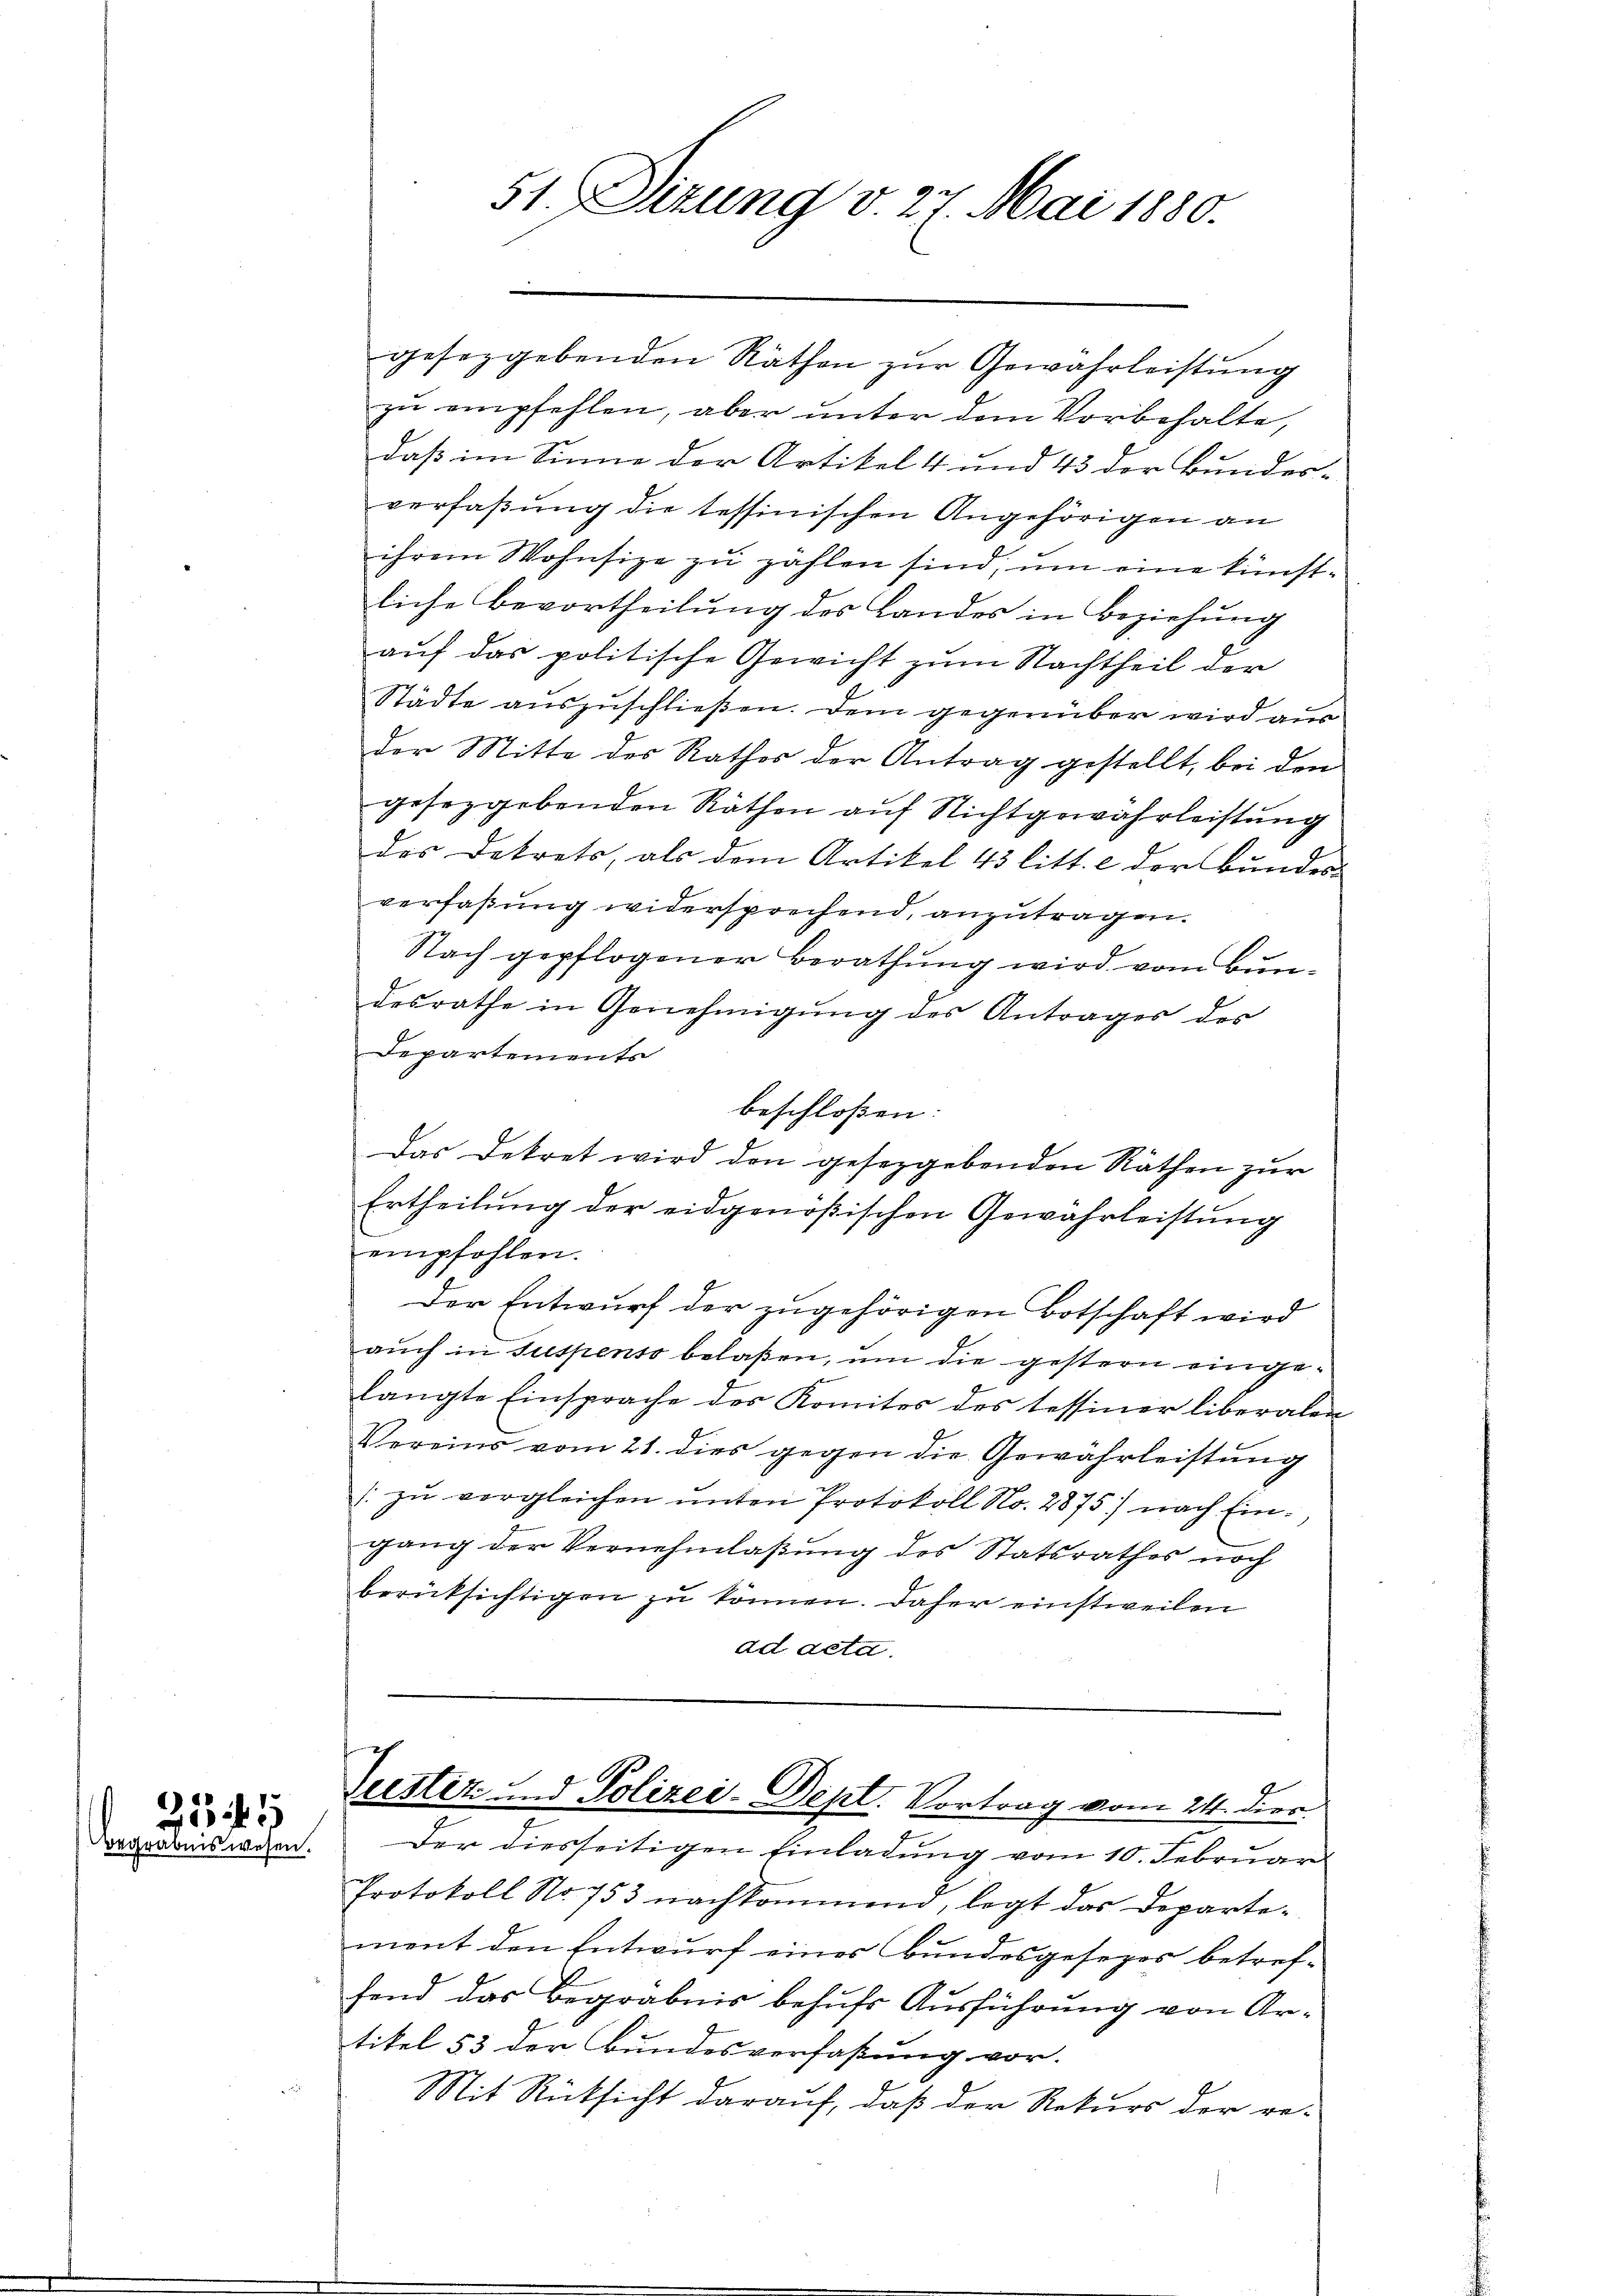
3545
Begrabenswesen.

gesezgebenden Räthen zur Gewährleistung
zu empfehlen, aber unter dem Vorbehalte,
daß im Sinne der Artikel 4 und 43 der Bundes-
verfaßung die tessinischen Angehörigen an
ihrem Wohnsitze zu zahlen sind, um eine künftliche Bevortheilung des Landes in Beziehung
auf das politische Gewicht zum Nachtheil der
Städte auszuschließen. Dem gegenüber wird aus
der Mitte des Rathes der Antrag gestellt, bei den
gesezgebenden Räthen auf Nichtgewährleistung
des Dekrets, als dem Artikel 43 litt. c der Bundes-
verfaßung widersprechend, anzutragen.
Nach gepflogener Berathung wird vom Bundesrathe in Genehmigung des Antrages des
Departements
beschloßen:
Das Dekret wird den gesezgebenden Räthen zur
Ertheilung der eidgenößischen Gewährleistŭng
empfohlen.
Der Entwurf der zugehörigen Botschaft wird
auch in suspenso belaßen, um die gestern eingelangte Einsprache des Komitos des tessiner liberalen
Vereins vom 21. dies gegen die Gewahrleistŭng
) zu vergleichen unten Protokoll No. 2875) nach Eingang der Vernehmlassung des Statsrathes noch
berücksichtigen zu können. Daher einstweilen
ad acta.
.
Seestiz und Polizei-Dept. Vortrag vom 24. dies
Der diesseitigen Einladung vom 10. Februar
Protokoll No 753 nachkommend, legt das Departe-
ment den Entwurf eines Bundesgesezes betref-
fend das Begräbnis behufs Ausführung von Artikel 53 der Bundesverfaßung vor.
Mit Rücksicht darauf, daß der Rekurs der re-

51. Sizung v. 27. Mai 1880.